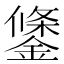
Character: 鎥